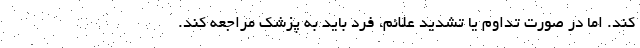
کند. اما در صورت تداوم یا تشدید علائم، فرد باید به پزشک مراجعه کند.